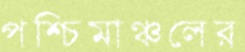
পশ্চিমাঞ্চলের